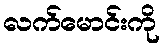
လက်မောင်းကို